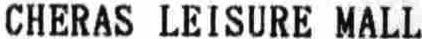
CHERAS LEISURE MALL